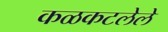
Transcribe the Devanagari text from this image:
कळकटलेले